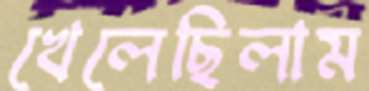
খেলেছিলাম